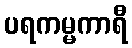
ပရကမ္မကာရီ